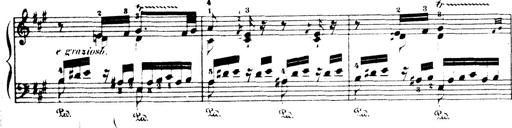
Title: Wagner-Liszt Album
Composer: Franz Liszt